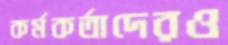
কর্মকর্তাদেরও